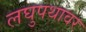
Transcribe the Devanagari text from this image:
लघुपथावर